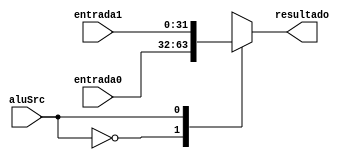
module muxAluSrc(
		input aluSrc,
		input [31:0] entrada0,
		input [31:0] entrada1,
		output reg [31:0] resultado
	);
	
	always @(*)
		begin
			case(aluSrc)
				1'b0: resultado <= entrada0;
				1'b1: resultado <= entrada1;
			endcase
		end 
endmodule